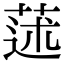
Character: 𦳯